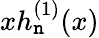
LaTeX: xh_{\mathtt{n}}^{(1)}(x)